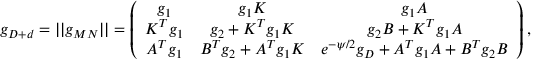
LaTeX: g _ { D + d } = | | g _ { M N } | | = \left( \begin{array} { c c c } { { g _ { 1 } } } & { { g _ { 1 } K } } & { { g _ { 1 } { \cal A } } } \\ { { K ^ { T } g _ { 1 } } } & { { g _ { 2 } + K ^ { T } g _ { 1 } K } } & { { g _ { 2 } { \cal B } + K ^ { T } g _ { 1 } { \cal A } } } \\ { { { \cal A } ^ { T } g _ { 1 } } } & { { { \cal B } ^ { T } g _ { 2 } + { \cal A } ^ { T } g _ { 1 } K } } & { { e ^ { - \psi / 2 } g _ { D } + { \cal A } ^ { T } g _ { 1 } { \cal A } + { \cal B } ^ { T } g _ { 2 } { \cal B } } } \end{array} \right) ,